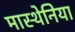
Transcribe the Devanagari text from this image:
मास्थेनिया